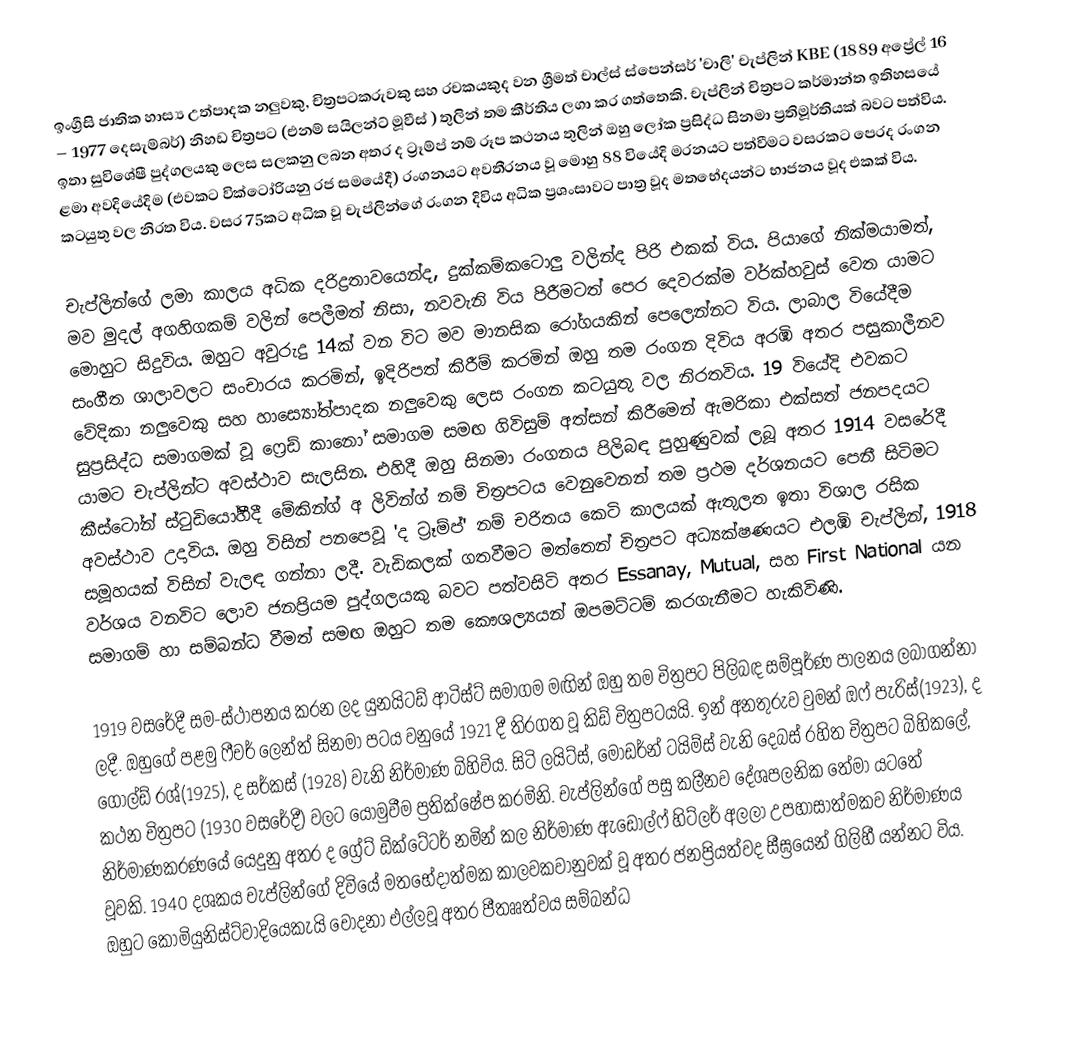
ඉංග්‍රීසි ජාතික හාස්‍ය උත්පාදක නලුවකු, චිත්‍රපටකරුවකු සහ රචකයකුද වන ශ්‍රීමත් චාල්ස් ස්පෙන්සර් 'චාලි' චැප්ලින් KBE (1889 අප්‍රේල් 16 – 1977 දෙසැම්බර්)  නිහඩ චිත්‍රපට (එනම් සයිලන්ට් මූවීස් ) තුලින් තම කීර්තිය ලගා කර ගත්තෙකි. චැප්ලින් චිත්‍රපට කර්මාන්ත ඉතිහසයේ ඉතා සුවිශේෂී පුද්ගලයකු ලෙස සලකනු ලබන අතර ද ට්‍රෑම්ප් නම් රූප කථනය තුලින් ඔහු ලෝක ප්‍රසිද්ධ සිනමා ප්‍රතිමූර්තියක් බවට පත්විය. ළමා අවදියේදිම (එවකට වික්ටෝරියනු රජ සමයේදී) රංගනයට අවතීරනය වූ මොහු 88 වියේදි මරනයට පත්වීමට වසරකට පෙරද රංගන කටයුතු වල නිරත විය. වසර 75කට අධික වූ චැප්ලින්ගේ රංගන දිවිය අධික ප්‍රශංසාවට පාත්‍ර වූද මතභේදයන්ට භාජනය වූද එකක් විය.

චැප්ලින්ගේ ලමා කාලය අධික දරිද්‍රතාවයෙන්ද, දුක්කම්කටොලු වලින්ද පිරි එකක් විය. පියාගේ නික්මයාමත්, මව මුදල් අගහිගකම් වලින් පෙලීමත් නිසා, නවවැනි විය පිරීමටත් පෙර දෙවරක්ම වර්ක්හවුස් වෙත යාමට මොහුට සිදුවිය. ඔහුට අවුරුදු 14ක් වන විට මව මානසික රෝගයකින් පෙලෙන්නට විය. ලාබාල වියේදීම සංගීත ශාලාවලට සංචාරය කරමින්, ඉදිරිපත් කිරීම් කරමින් ඔහු තම රංගන දිවිය අරඹි අතර පසුකාලීනව වේදිකා නලුවෙකු සහ හාස්‍යෝත්පාදක  නලුවෙකු ලෙස රංගන කටයුතු වල නිරතවිය. 19 වියේදි එවකට සුප්‍රසිද්ධ සමාගමක් වූ ෆ්‍රෙඩ් කානෝ සමාගම සමඟ ගිවිසුම් අත්සන් කිරීමෙන් ඇමරිකා එක්සත් ජනපදයට යාමට චැප්ලින්ට අවස්ථාව සැලසින. එහිදී ඔහු සිනමා රංගනය පිලිබඳ පුහුණුවක් ලබූ අතර 1914 වසරේදී කීස්ටෝන් ස්ටුඩියෝහීදී මේකින්ග් අ ලිවින්ග් නම් චිත්‍රපටය වෙනුවෙනන් තම ප්‍රථම දර්ශනයට පෙනී සිටිමට අවස්ථාව උදාවිය. ඔහු විසින් පනපෙවූ 'ද ට්‍රෑම්ප්' නම් චරිතය කෙටි කාලයක් ඇතුලත ඉතා විශාල රසික සමූහයක් විසින් වැලඳ ගන්නා ලදී. වැඩිකලක් ගතවීමට මත්තෙන් චිත්‍රපට අධ්‍යක්ෂණයට එලඹි චැප්ලින්, 1918 වර්ශය වනවිට ලොව ජනප්‍රියම පුද්ගලයකු බවට පත්වසිටි අතර Essanay, Mutual, සහ First National යන සමාගම් හා සම්බන්ධ වීමත් සමඟ ඔහුට තම කෞශල්‍යයන් ඔපමට්ටම් කරගැනීමට හැකිවිණි.

1919 වසරේදී සම-ස්ථාපනය කරන ලද යුනයිටඩ් ආටිස්ට් සමාගම මඟින් ඔහු තම චිත්‍රපට පිලිබඳ සම්පූර්ණ පාලනය ලබාගන්නා ලදී. ඔහුගේ පළමු ෆීචර් ලෙන්ත් සිනමා පටය වනුයේ 1921 දී තිරගත වූ කිඩ් චිත්‍රපටයයි. ඉන් අනතුරුව වුමන් ඔෆ් පැරිස්(1923), ද ගෝල්ඩ් රශ්(1925), ද සර්කස් (1928) වැනි නිර්මාණ බිහිවිය. සිටි ලයිට්ස්, මොඩර්න් ටයිම්ස් වැනි දෙබස් රහිත චිත්‍රපට බිහිකලේ, කථන චිත්‍රපට (1930 වසරේදී) වලට යොමුවීම ප්‍රතික්ෂේප කරමිනි. චැප්ලින්ගේ පසු කලීනව දේශපලනික තේමා යටතේ නිර්මාණකරණයේ යෙදුනු අතර ද ග්‍රේට් ඩික්ටේටර් නමින් කල නිර්මාණ ඇඩොල්ෆ් හිට්ලර් අලලා උපහාසාත්මකව නිර්මාණය වූවකි. 1940 දශකය චැප්ලින්ගේ දිවියේ මතභේදාත්මක කාලවකවානුවක් වූ අතර ජනප්‍රියත්වද සීඝ්‍රයෙන් ගිලිහී යන්නට විය. ඔහුට කොමියුනිස්ට්වාදියෙකැයි චෝදනා එල්ලවූ අතර පීතෲත්වය සම්බන්ධ